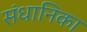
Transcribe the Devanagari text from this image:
संधानिका